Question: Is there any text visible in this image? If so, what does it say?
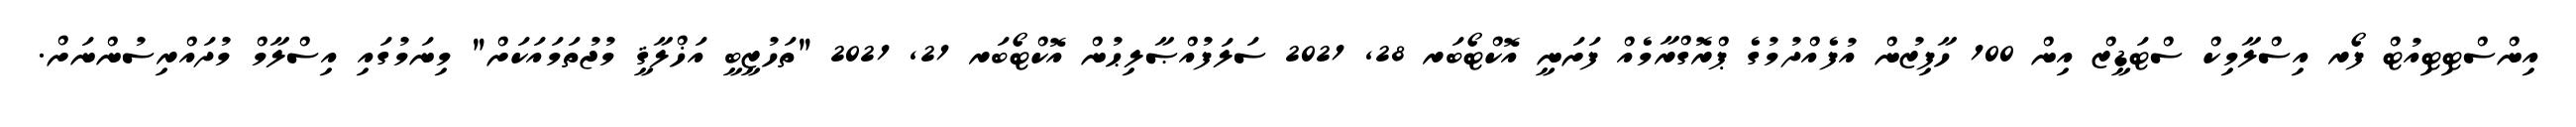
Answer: އިންސްޓިޓިއުޓް ފޯރ އިސްލާމިކް ސްޓަޑީޒް އިން 100 ހާފިޒުން އުފެއްދުމުގެ ޕްރޮގްރާމެއް ފަށަނީ އޮކްޓޯބަރ 28, 2021 ސަލަފުއްޞާލިޙުން އޮކްޓޯބަރ 21, 2021 "ތަހުޒީބީ އަޚްލާޤީ މުޖުތަމައަކަށް" މިނަމުގައި އިސްލާމް މުދައްރިސުންނަށް.